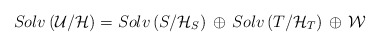
\begin{align*}Solv \left( {\cal U}/{\cal H} \right) = Solv \left( { S}/{\cal H}_S \right)\, \oplus \, Solv \left( { T}/{\cal H}_T \right) \,\oplus \, {\cal W}\end{align*}